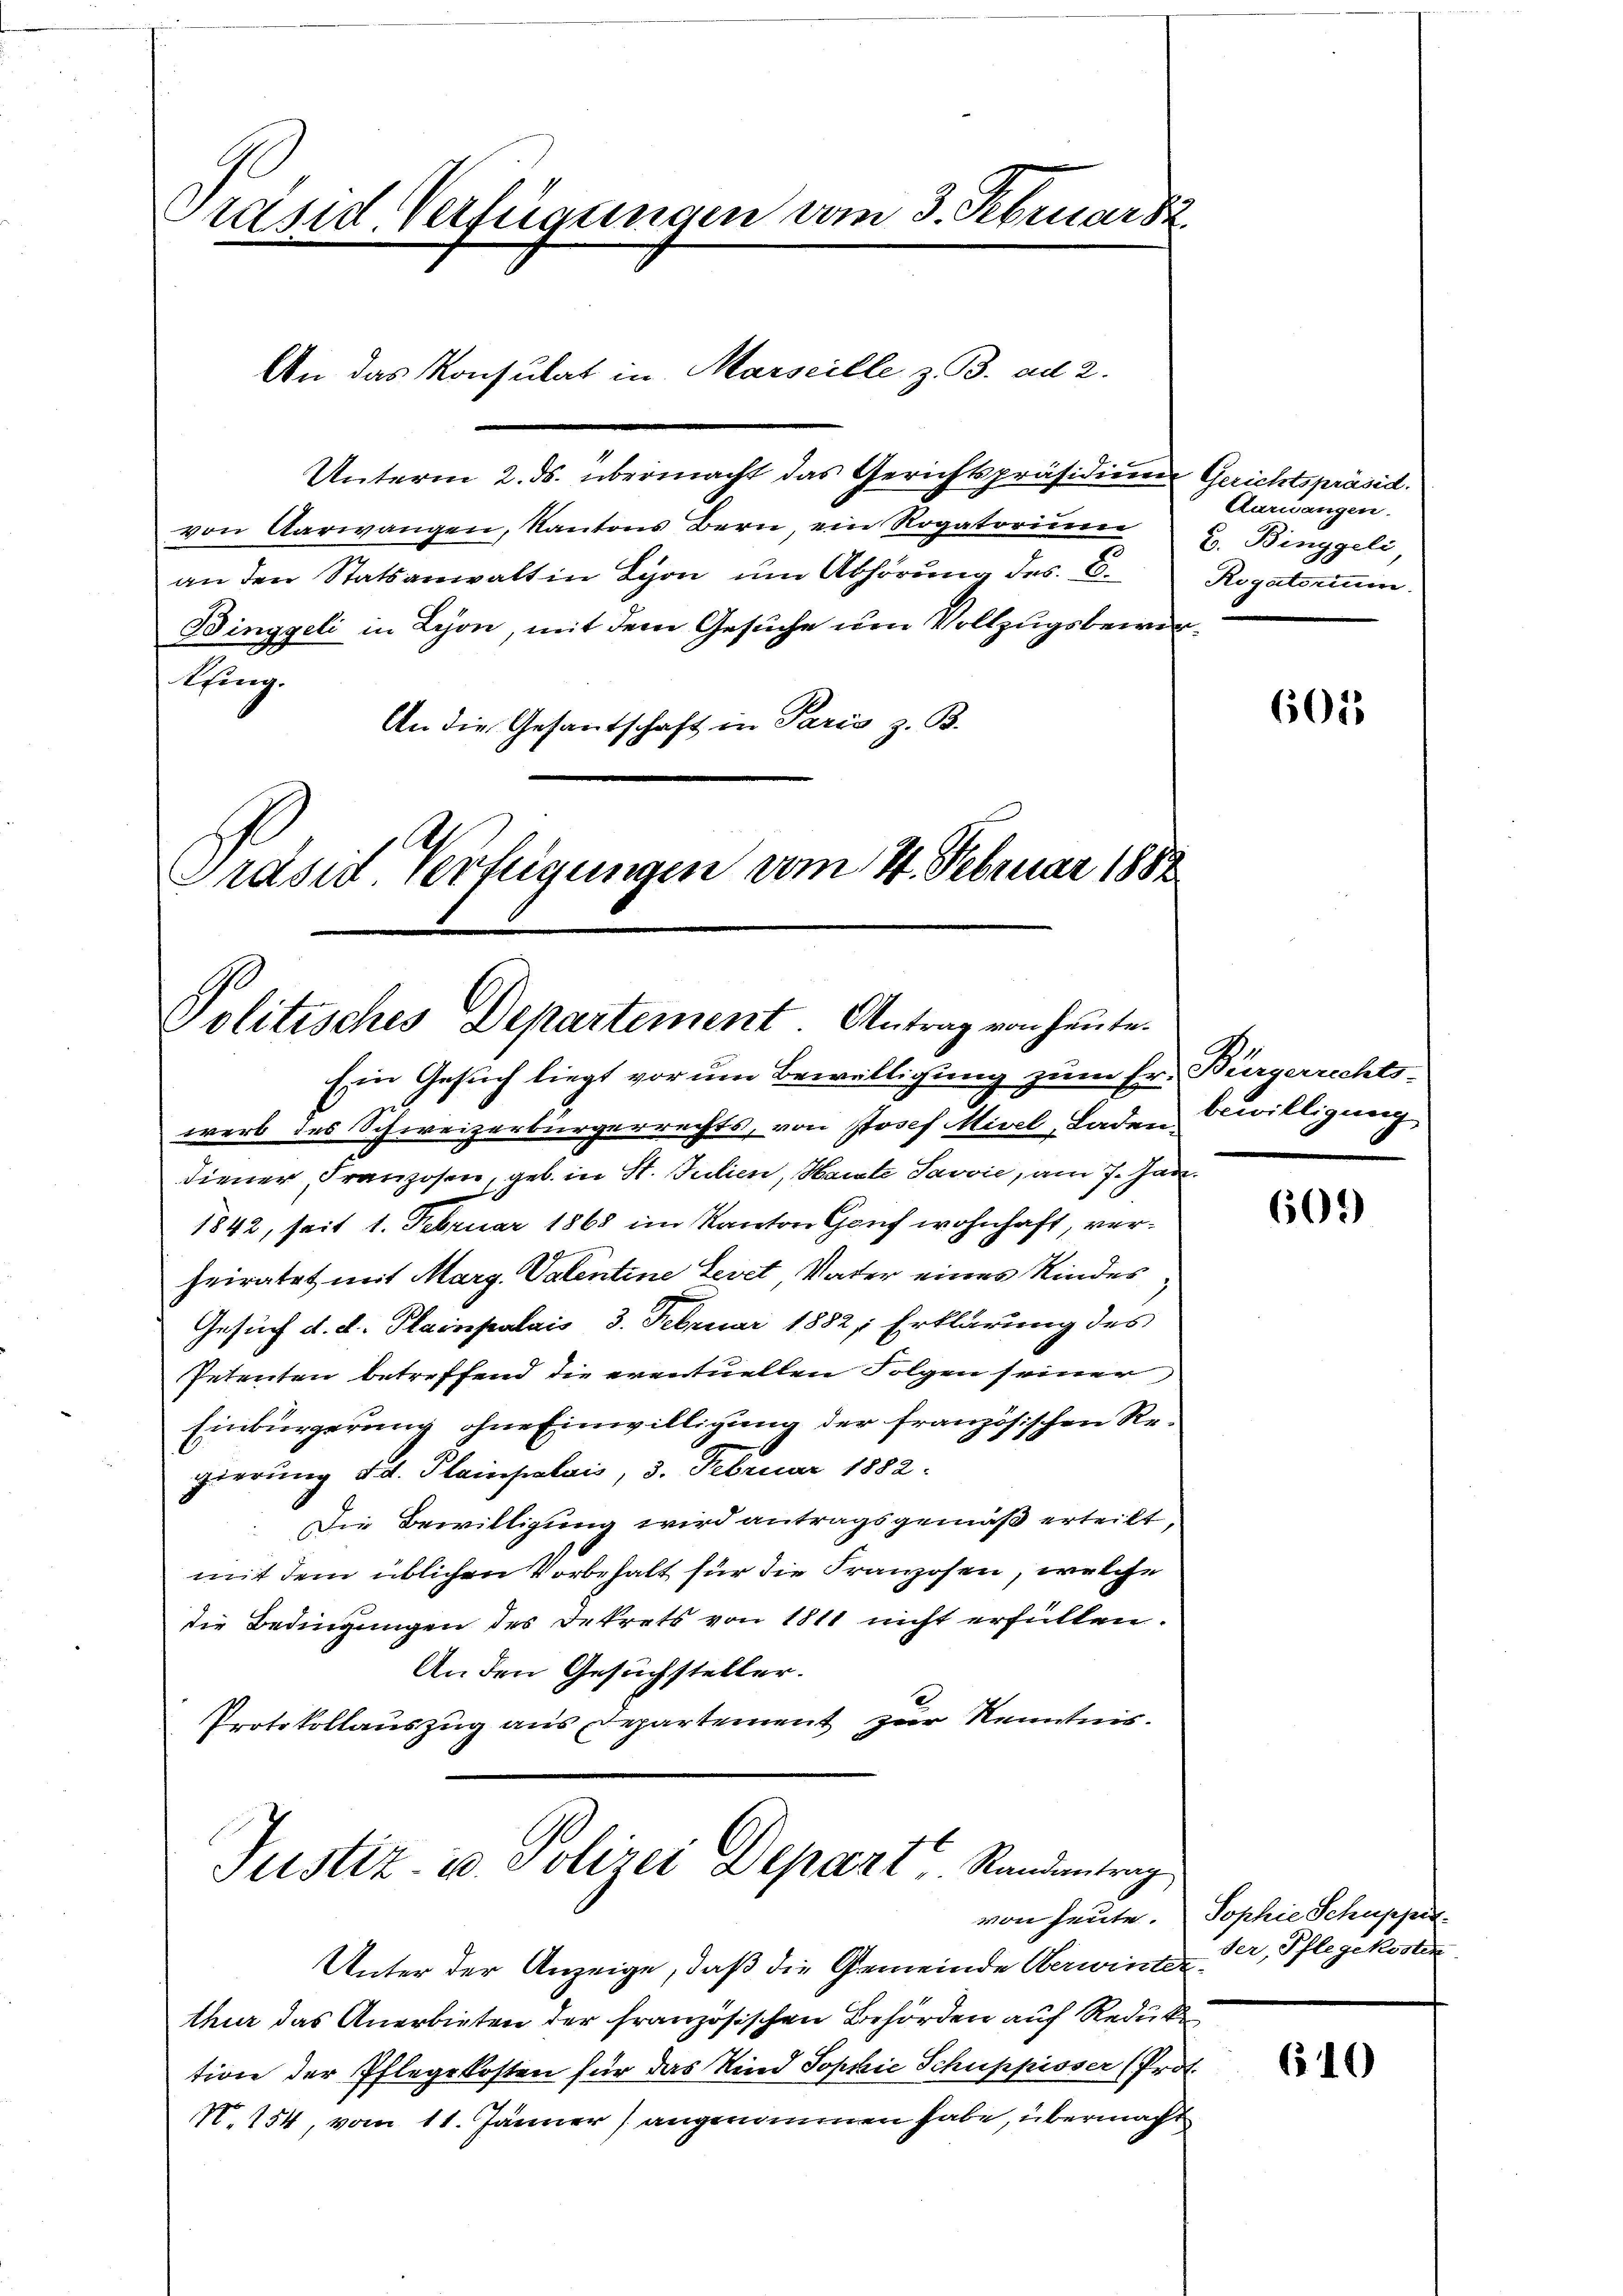
Präsid. Verfügungen vom 3. Februar 2

Unterm 2. ds. übermacht das Gerichtspräsidiener Gerichtspräsid.
von Aarwangen, Kantons Bern, ein Rogatorium
an den Statsanwalt in Lyon um Abhörung des C.
Binggeli in Lyon, mit dem Gesuche um Vollzugsbeworlfing.
An die Gesantschaft in Paris z. B.
Präsid Verfügungen vom 4. Februar 1882

An das Konsulat in Marseille z. B. ad 2.

Politisches Departement. Antrag von heute.

Ein Gesuch liegt vor um Bewilligung zum Er. Bürgerrechts-
werb des Schweizerbürgerrechts, von Josef Mivel, Laden willigung
diener, Franzosen, geb. in St. Julien, Heute Savvie, am 7. Jan.
1842, seit 1. Februar 1868 im Kanton Gauf wohnhaft, verheiratet mit Marg. Valentine Levet Vater eines Kindes
Gesuch d. d. Plainpalais 3. Februar 1882, Erklärung des
Petenten betreffend die eventuellen Folgen seiner
Einbürgerung ohne Einwilligung der französischen Regierung d. Plainpalais, 3. Februar 1882:
Die Bewilligung wird antragsgemäß erteilt,
mit dem üblichen Vorbehalt für die Franzosen, welche
die Bedingungen des Dekrets von 1811 nicht erfüllen.
An den Gesuchsteller.
Protokollauszug aus Departement zur Kenntnis.

Justiz- u. Polizei Depart Randentrag

Aaruangen.
B. Binggeli
Rogatorium.

Unter der Anzeige, daß die Gemeinde Oberwinterr. Pflegekosten
thur das Anerbieten der französischen Behörden auf Reduk
tion der Pflegekosten für das Kind Sophie Schuppisser (Prot.
N.154, vom 11. Jänner angenommen habe, übermacht

601

D.

609)

von heute. Sophie Schuppe.

640